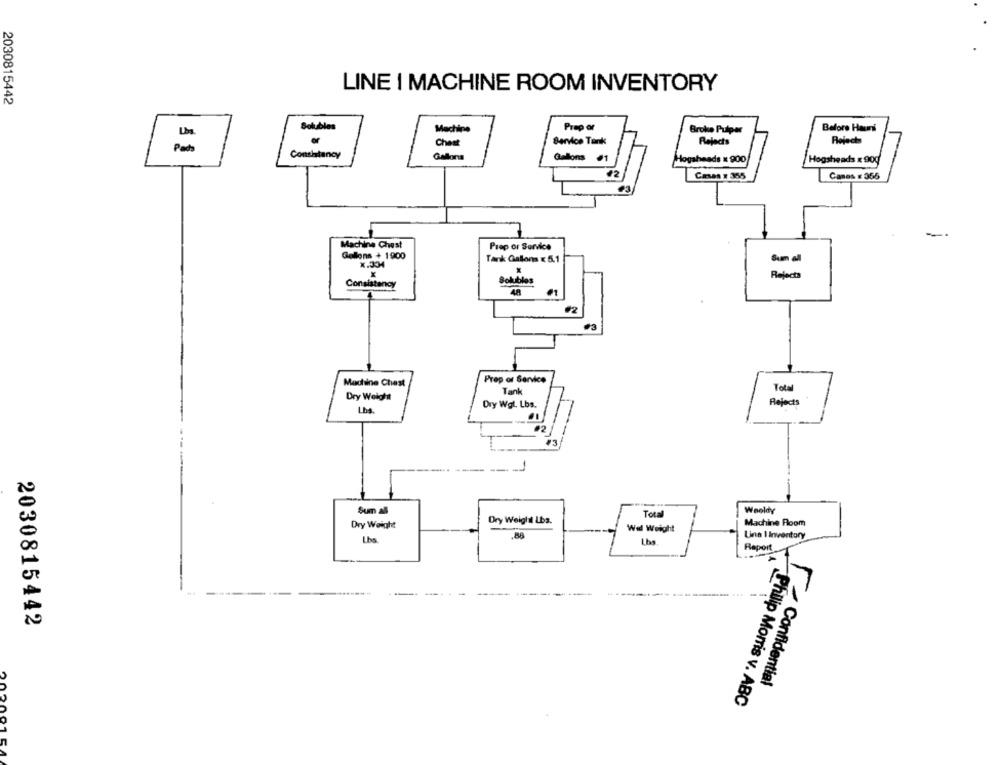
LINE I MACHINE ROOM INVENTORY
2030815442
Solubles
Machine
Prep or
Broke Pulper
Before Hauns
Chest
Service Tank
Rejects
Rolach
Consistency
Gallons
Gallons #1
Hogaheads x 900
Hogsheads x 90g
#2
Casas : 355
Canes # 356
Machine Chest
Prep or Service
Gallons + 1900
Tank Gallons x 5.1
x.334
X
Rejects
Solubles
Consistency
Machine Chest
Prep or Service
Tank
Total
Dry Weight
Dry Wal. Lbs.
Rejects
Lha.
Sum al
Total
Wooldy
Dry Weight Lbs.
Dry Weight
Wel Weight
Machine Room
.88
Linn 1 Inventory
Lbs
Report
2030815442
Confidential
Philip Morris v. ABC